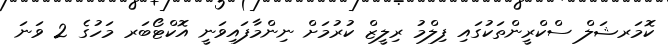
ކޮމަރޝަލް ސްކްރީންތަކުގައި ފިލްމު ރިލީޒް ކުރުމަށް ނިންމާފައިވަނީ އޮކްޓޯބަރ މަހުގެ 2 ވަނަ